system: You are a helpful assistant.
user:
Analyze the provided spectrum to determine if it is a **"Cataclysmic Variables (CV)"**.

- **Key Indicators for CV (Check for either state):**
    - **State 1: Quiescent / Low-State (Emission-Dominated)**
        - **(Primary):** Strong and *very broad* Hydrogen Balmer emission lines (e.g., $H\alpha$ at 6563 Å, $H\beta$ at 4861 Å). The 'broadness' (high velocity dispersion, often FWHM > 1000 km/s) is the key diagnostic, indicating a high-velocity accretion disk.
        - **(Secondary):** Broad neutral Helium (He I) emission lines (e.g., 5876 Å, 6678 Å).
        - **(Key Confirmation):** Presence of high-excitation *ionized* Helium (He II) emission at 4686 Å. This is a strong indicator of accretion onto a white dwarf.
        - **(Line Profile):** Emission lines may exhibit a 'double-peaked' profile, which is a classic signature of a rotating accretion disk viewed at high inclination.

    - **State 2: Outburst / High-State (Absorption-Dominated)**
        - **(Primary):** Spectrum is dominated by a bright, blue continuum (looks like a hot star).
        - **(Secondary):** The emission lines from State 1 are weak, absent, or 'filled in', and are replaced by broad, shallow *absorption* lines (primarily Balmer and He I).
        - **(Morphology):** The overall spectrum mimics a hot B/A-type star. The crucial difference is that the absorption lines are significantly broader, shallower, and more 'washed-out' (or 'smeared') than the sharp lines of a normal stellar photosphere, due to high rotational speeds and pressure broadening in the disk.

Think first, call **spectral_visualization_tool** if needed to examine features in detail, then provide your final answer. Your response must adhere to the following strict rules:
1.  **Overall Structure:** Your response must follow the format `<think>...</think> <tool_call>...</tool_call> (if a tool is used) <answer>...</answer>`.
2.  **Tool Usage Constraint:** You may only make **one** tool call per turn.
3.  **Final Answer Format:** In the `<answer>` tag, your conclusion must be inside a `\boxed{}` command (e.g., `\boxed{YES}`), followed by your justification.

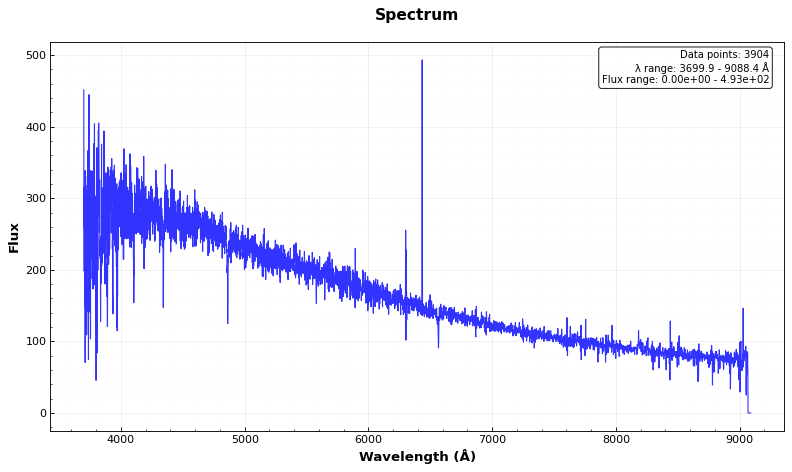
Answer: NO